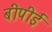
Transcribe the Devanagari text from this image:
बीपीई